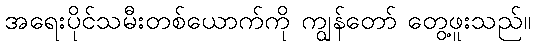
အရေးပိုင်သမီးတစ်ယောက်ကို ကျွန်တော် တွေ့ဖူးသည်။